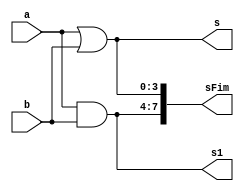
// ------------------------- 
// Exemplo0031 - Exemplo0031.v
// Nome: Felipe Ferreira Andrade do Carmo
// ------------------------- 
 
// ------------------------- 
//  f4_gate 
// ------------------------- 
module f4 (output [3:0] s, output [3:0] s1, output [7:0] sFim,
                    input  [3:0] a, 
                    input  [3:0] b); 
 
// descrever por portas 

assign s = a | b ;
assign s1 = a&b;
assign sFim[3:0] = s;
assign sFim[7:4] = s1;
endmodule // f4 
 
module test_f4; 
// ------------------------- definir dados 
       reg  [3:0] x; 
       reg  [3:0] y; 
       wire [3:0] z;
		 wire [3:0] z1;
		 wire [7:0] zFim;
 
       f4 modulo ( z, z1, zFim, x, y); 
 
// ------------------------- parte principal 
 
   initial begin 
      $display("Exemplo0031 - Felipe Ferreira Andrade do Carmo - 427402"); 
      $display("Test LU's module"); 
 
      x = 4'b0011;       y = 4'b0101; 
 
   // projetar testes do modulo 
	$display("\n  a \t  b \t  a&b-a|b");
   #1 $display("%3b    %3b     %3b",x,y,zFim);

 
   end 
 
endmodule // test_f4